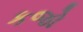
કજો